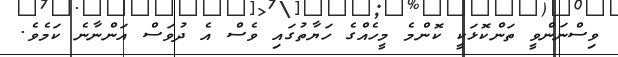
ވިސްނަންވީ ތަންކޮޅަކީ ކޮންމެ މީހެއްގެ ހަޔާތުގައި ވެސް އެ ދުވަސް އަންނާނެ ކަމެވެ.